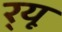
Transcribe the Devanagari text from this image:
र्‌यू